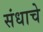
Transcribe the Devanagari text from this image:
संधाचे